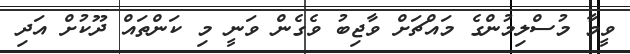
ވީމާ މުސްލިމުންގެ މައްޗަށް ވާޖިބު ވެގެން ވަނީ މި ކަންތައް ދޫކުށް އަދި